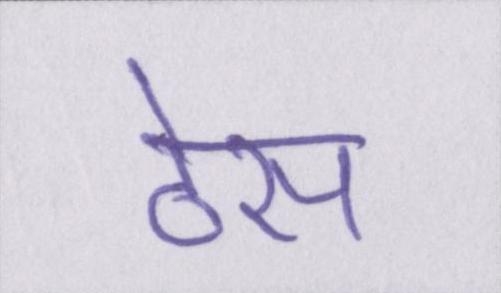
ठेस